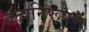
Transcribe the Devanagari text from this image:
तत्वनिरूपण